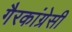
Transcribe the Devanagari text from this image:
गैरकांग्रेसी